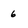
Character: 6